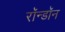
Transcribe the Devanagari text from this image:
रॉन्डॉन